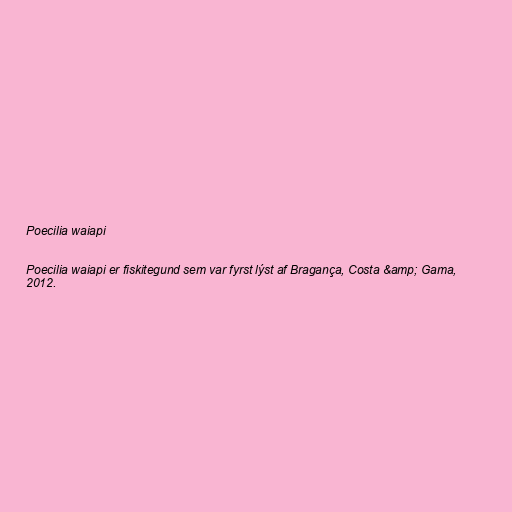
Poecilia waiapi

Poecilia waiapi er fiskitegund sem var fyrst lýst af Bragança, Costa &amp; Gama,
2012.